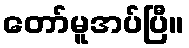
တော်မူအပ်ပြီ။